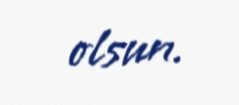
olsun.